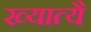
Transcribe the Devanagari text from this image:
ख्यात्यै